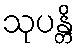
သုပန္တိ